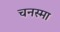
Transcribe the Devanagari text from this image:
चनस्मा